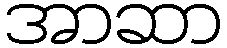
အာဆာ